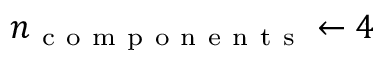
n _ { \mathrm { ~ c ~ o ~ m ~ p ~ o ~ n ~ e ~ n ~ t ~ s ~ } } \leftarrow 4